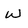
Character: w